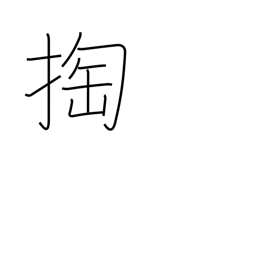
Meaning: pickpocket